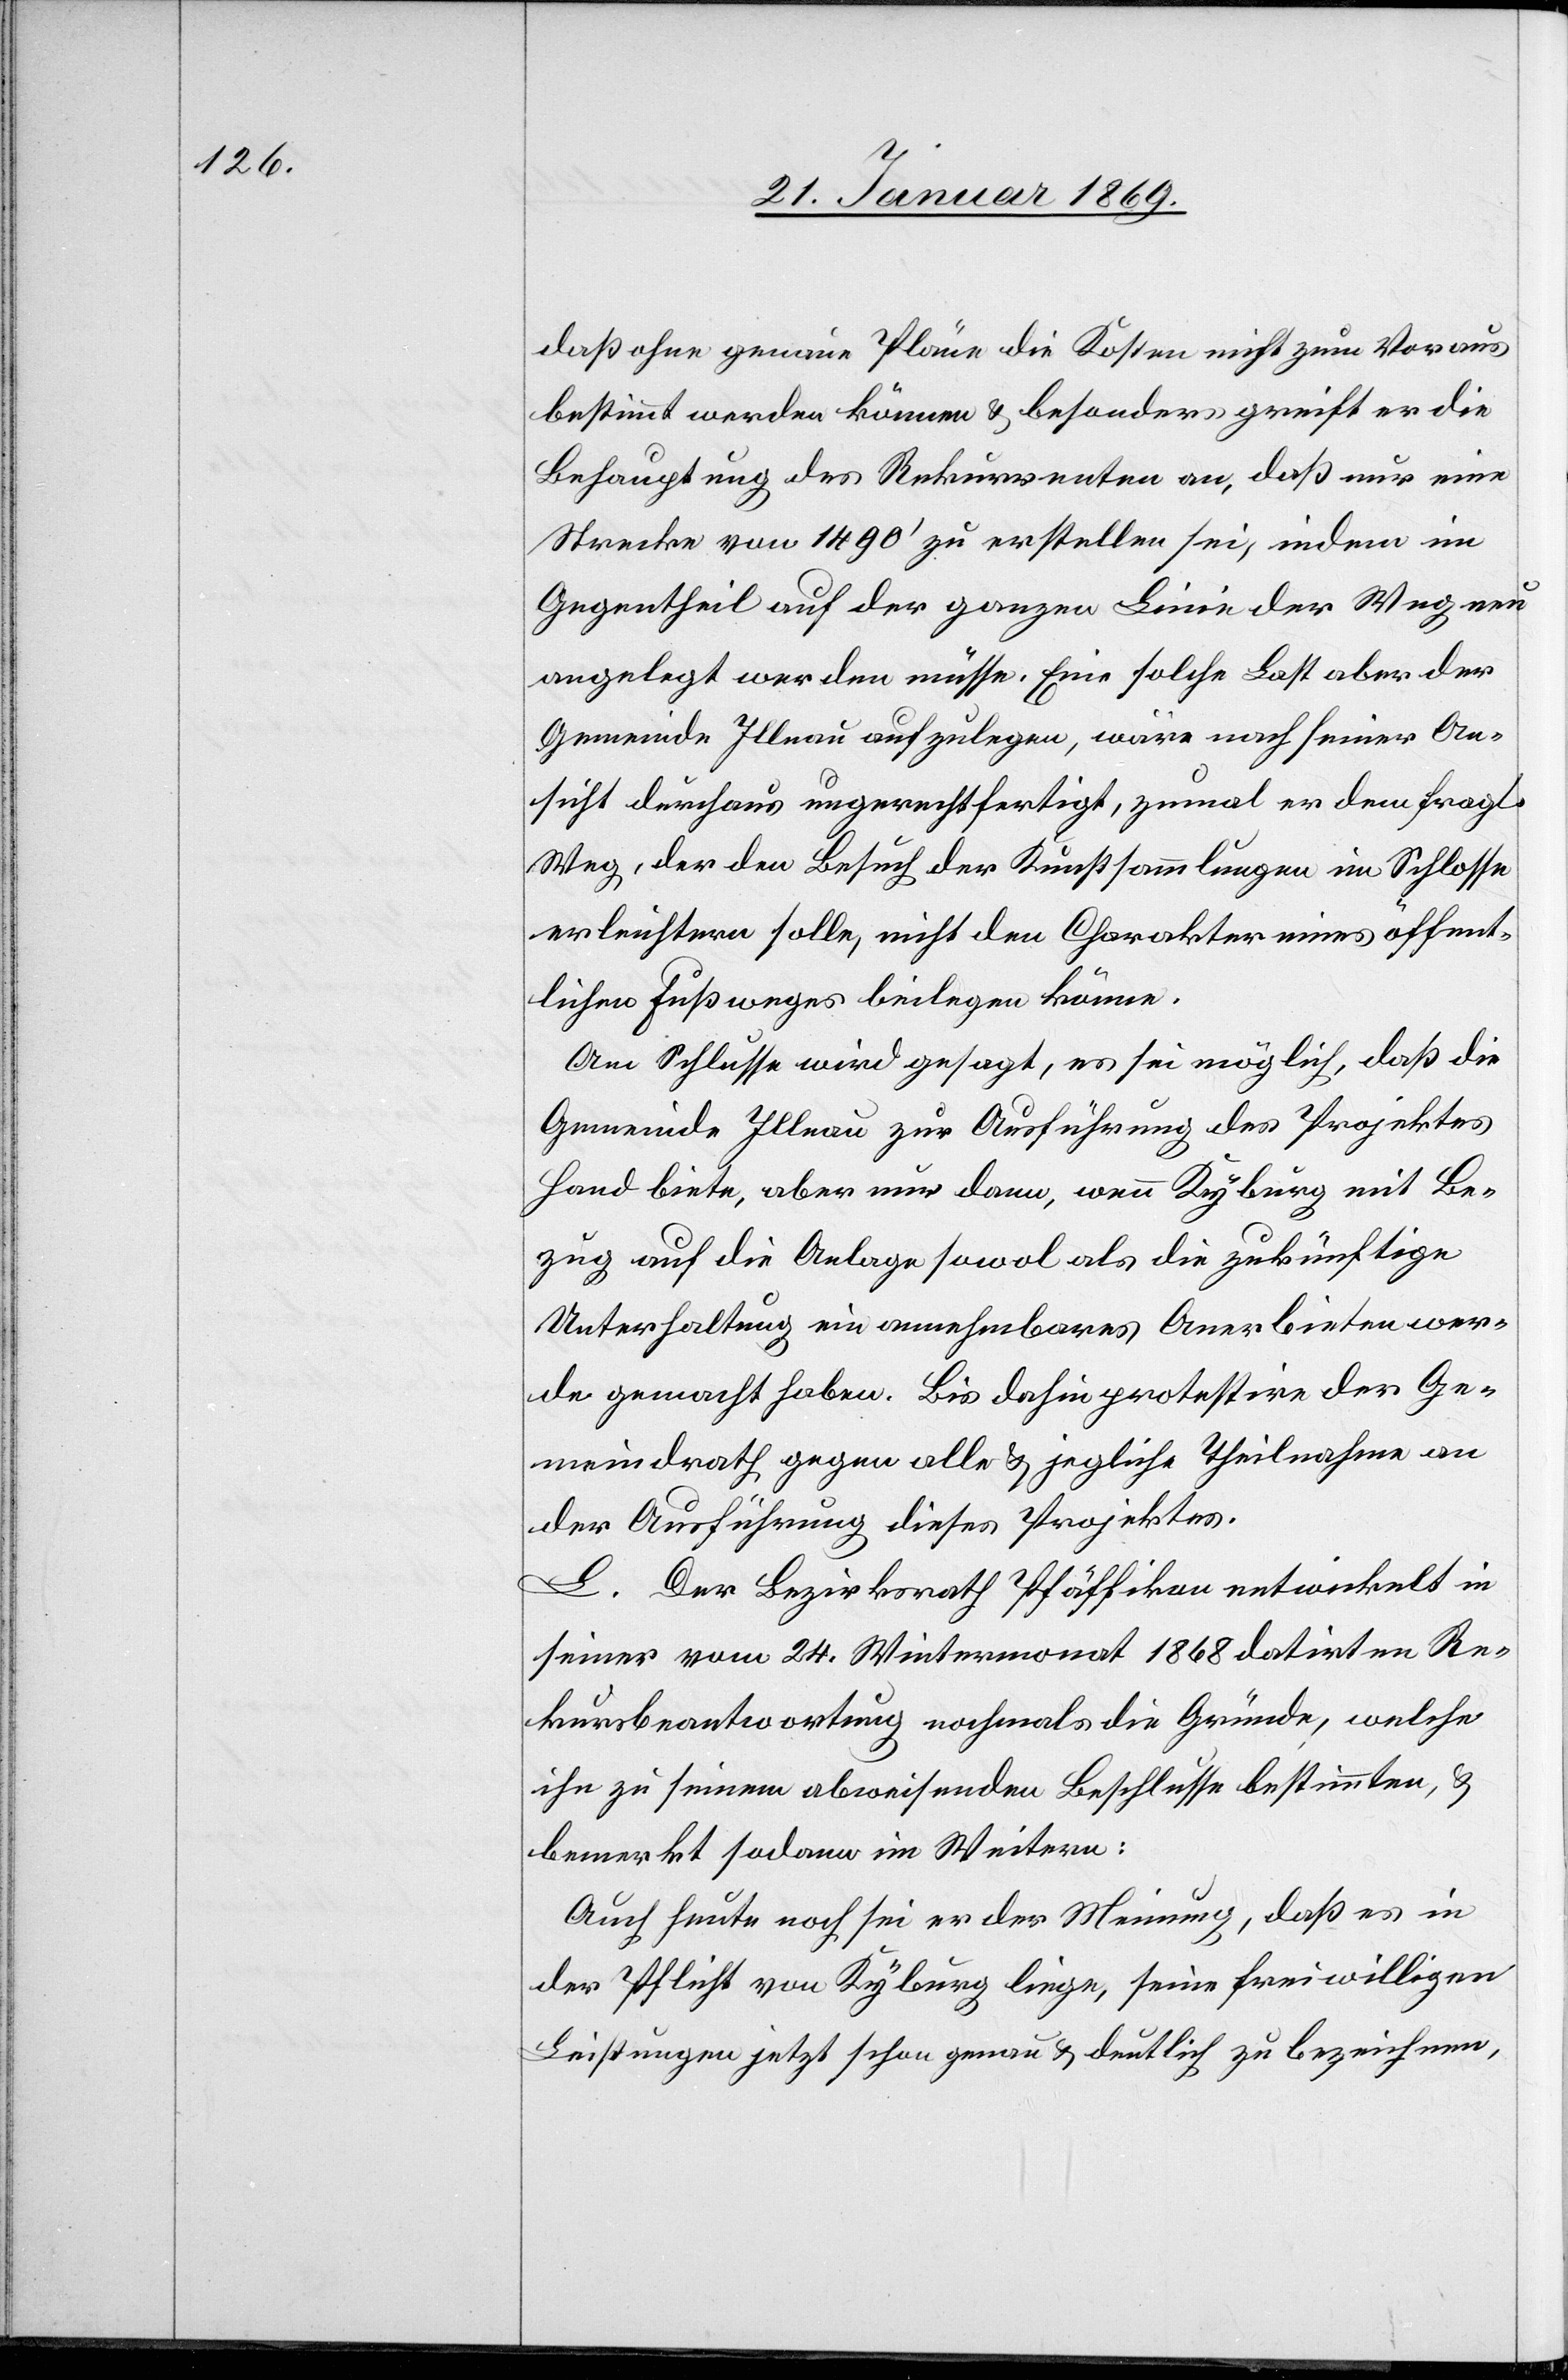
daß ohne genaue Pläne die Kosten nicht zum Voraus
bestimmt werden können & besonders greift er die
Behauptung des Rekurrenten an, daß nur eine
Strecke von 1490’ zu erstellen sei, indem im
Gegentheil auf der ganzen Linie der Weg neu
angelegt werden müsse. Eine solche Last aber der
Gemeinde Illnau aufzulegen, wäre nach seiner An¬
sicht durchaus ungerechtfertigt, zumal er dem fragl.
Weg, der den Besuch der Kunstsammlungen im Schlosse
erleichtern solle nicht den Charakter eines öffent¬
lichen Fußweges beilegen könne.
Am Schlusse wird gesagt, es sei möglich, daß die
Gemeinde Illnau zur Ausführung des Projektes
Hand biete, aber nur dann, wenn Kyburg mit Be¬
zug auf die Anlage sowol als die zukünftige
Unterhaltung ein annehmbares Anerbieten wer¬
de gemacht haben. Bis dahin protestire der Ge¬
meindrath gegen alle & jegliche Theilnahme an
der Ausführung dieses Projektes.
L. Der Bezirksrath Pfäffikon entwickelt in
seiner vom 24. Wintermonat 1868 datirten Re¬
kursbeantwortung nochmals die Gründe, welche
ihn zu seinem abweichenden Beschlusse bestimmten, &
bemerkt sodann im Weitern:
Auch heute noch sei er der Meinung, daß es in
der Pflicht von Kyburg liege, seine freiwilligen
Leistungen jetzt schon genau & deutlich zu bezeichnen,